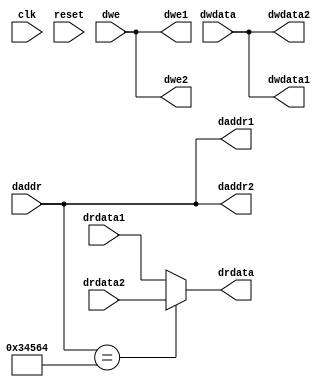
`timescale 1ns/1ps
// Bus interface unit: assumes two branches of the bus -
// 1. connect to dmem
// 2. connect to a single peripheral
// The BIU needs to know the addresses at which DMEM and peripheral are
// connected, so it can do the required multiplexing. 
// These need to be added as part of your code. 
module biu (
    input clk,
    input reset,
    input [31:0] daddr,
    input [31:0] dwdata,
    input [3:0] dwe,
    output [31:0] drdata,

    // Signals going to/from dmem
    output [31:0] daddr1,
    output [31:0] dwdata1,
    output [3:0]  dwe1,
    input  [31:0] drdata1,

    // Signals going to/from peripheral
    output [31:0] daddr2,
    output [31:0] dwdata2,
    output [3:0]  dwe2,
    input  [31:0] drdata2
);

    // Modify below so that depending on the actual daddr range the BIU decides whether 
    // the response was from DMEM or peripheral - maybe a MUX?
    assign drdata = (daddr==32'h00034564)?drdata2:drdata1; //read address of peripheral is 0x34564

    // Send values to DMEM or peripheral (or both if it does not matter)
    // as required
    //we can send values to both peripheral and DMEM since both addr do not overlap
    assign daddr1 = daddr;
    assign dwdata1 = dwdata;
    assign dwe1 = dwe;

    assign daddr2 = daddr;
    assign dwdata2 = dwdata;
    assign dwe2 = dwe;

endmodule